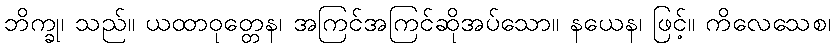
ဘိက္ခု၊ သည်။ ယထာဝုတ္တေန၊ အကြင်အကြင်ဆိုအပ်သော။ နယေန၊ ဖြင့်။ ကိလေသေစ၊